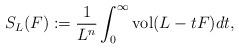
LaTeX: \begin{align*}S_{L}(F):=\frac{1}{L^n}\int_0^\infty\mathrm{vol}(L-tF)dt,\end{align*}